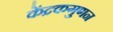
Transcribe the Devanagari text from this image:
केंद्रकगुणन